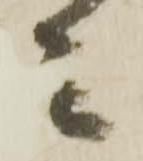
ミ